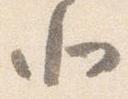
北